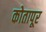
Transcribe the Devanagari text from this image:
कोतापूर